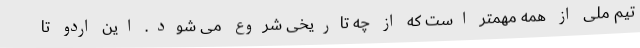
تیم ملی از همه مهمتر است که از چه تاریخی شروع می شود. این اردو تا